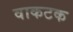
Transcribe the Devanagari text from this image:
वाकटक